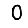
Digit: 0